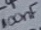
Text: 100nF